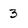
Character: 3